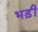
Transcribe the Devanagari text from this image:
भड़ी